Burma Government Medical School reports 1907-22
Year: 1907
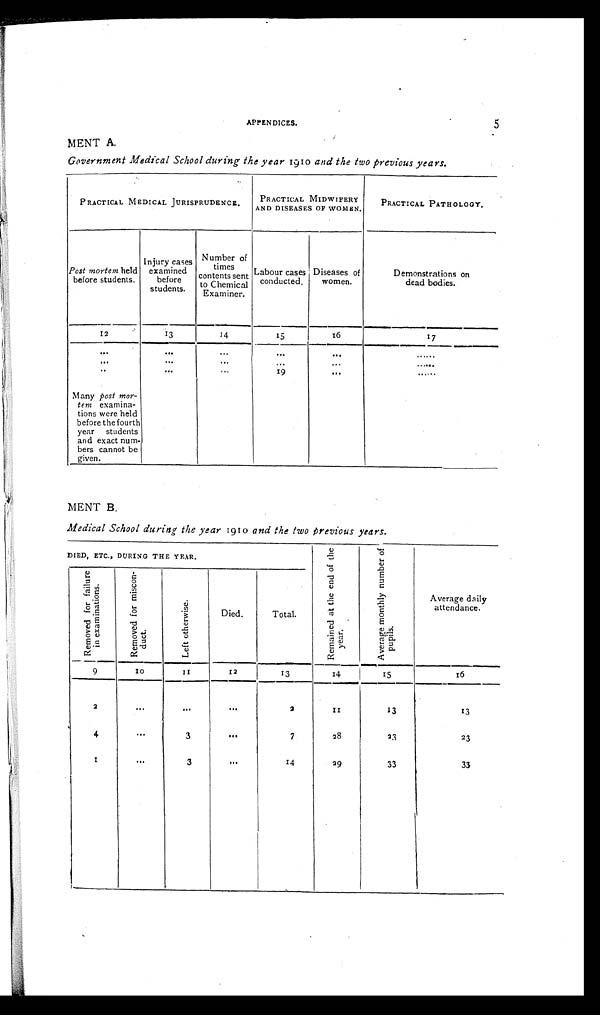
APPENDICES.
5
MENT A.
Government Medical School during the year 1910 and the two previous years.
PRACTICAL MEDICAL JURISPRUDENCE.
P R A C T I C A L M I D W I F E R Y A N D D I S E A S E S O F W O M E N .
PRACTICAL PATHOLOGY.
Post mortem held
before students.
Injury cases
examined
before
students.
Number of
times
contents sent
to Chemical
Examiner.
Labour cases
conducted.
Diseases of
women.
Demonstrations on
dead bodies.
12
13
14
15
16
17
. . .
. . . . . .
. . .
...
. . . . . .
. . .
. . .
. . .
. . .
. . .
. . . . . .
. .
. . . ...
19
. . .
. . . . . .
Many post mor-
tem examina-
tions were held
before the fourth
year students
and exact num-
bers cannot be
given.
MENT B.
Medical School during. the year 1910 and the two Previous years.
DIED, ETC., DURING THE YEAR.
R e m a i n e d a t t h e e n d o f t h e y e a r .
A v e r a g e m o n t h l y n u m b e r o f p u p i l s .
Average daily
attendance.
R e m o v e d f o r f a i l u r e i n e x a m i n a t i o n .
R e m o v e d f o r m i s c o n - d u c t .
L e f t o t h e r w i s e . Died.
Total.
9
1 0
11
12
13
14
15
16
2
...
...
...
2
1 1
13
13
4
. . .
3
. . .
7
28
23
23
1
. . .
3
. . .
14
29
33
33